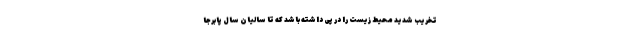
تخریب شدید محیط زیست را در پی داشته باشد که تا سالیان سال پابرجا